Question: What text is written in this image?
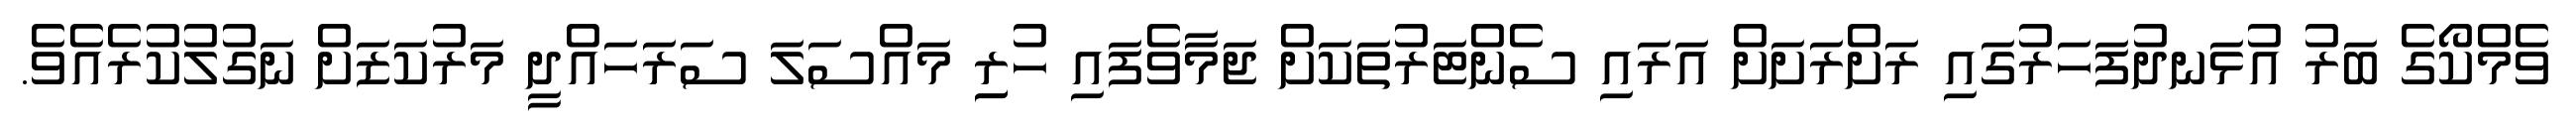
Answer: ވެމްކޯގެ ބަރު އުޅަނދުފަހަރުގައި ރަށްރަށަށް އަރައި ސެންޓަރުތަކަށް ޖަމާވެފައި ހުރިި މައްސަލަ ސަރަހައްދީ މަރުކަޒަށް ނަގުލުކުރެއެވެ.